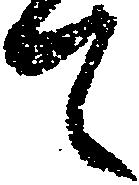
て